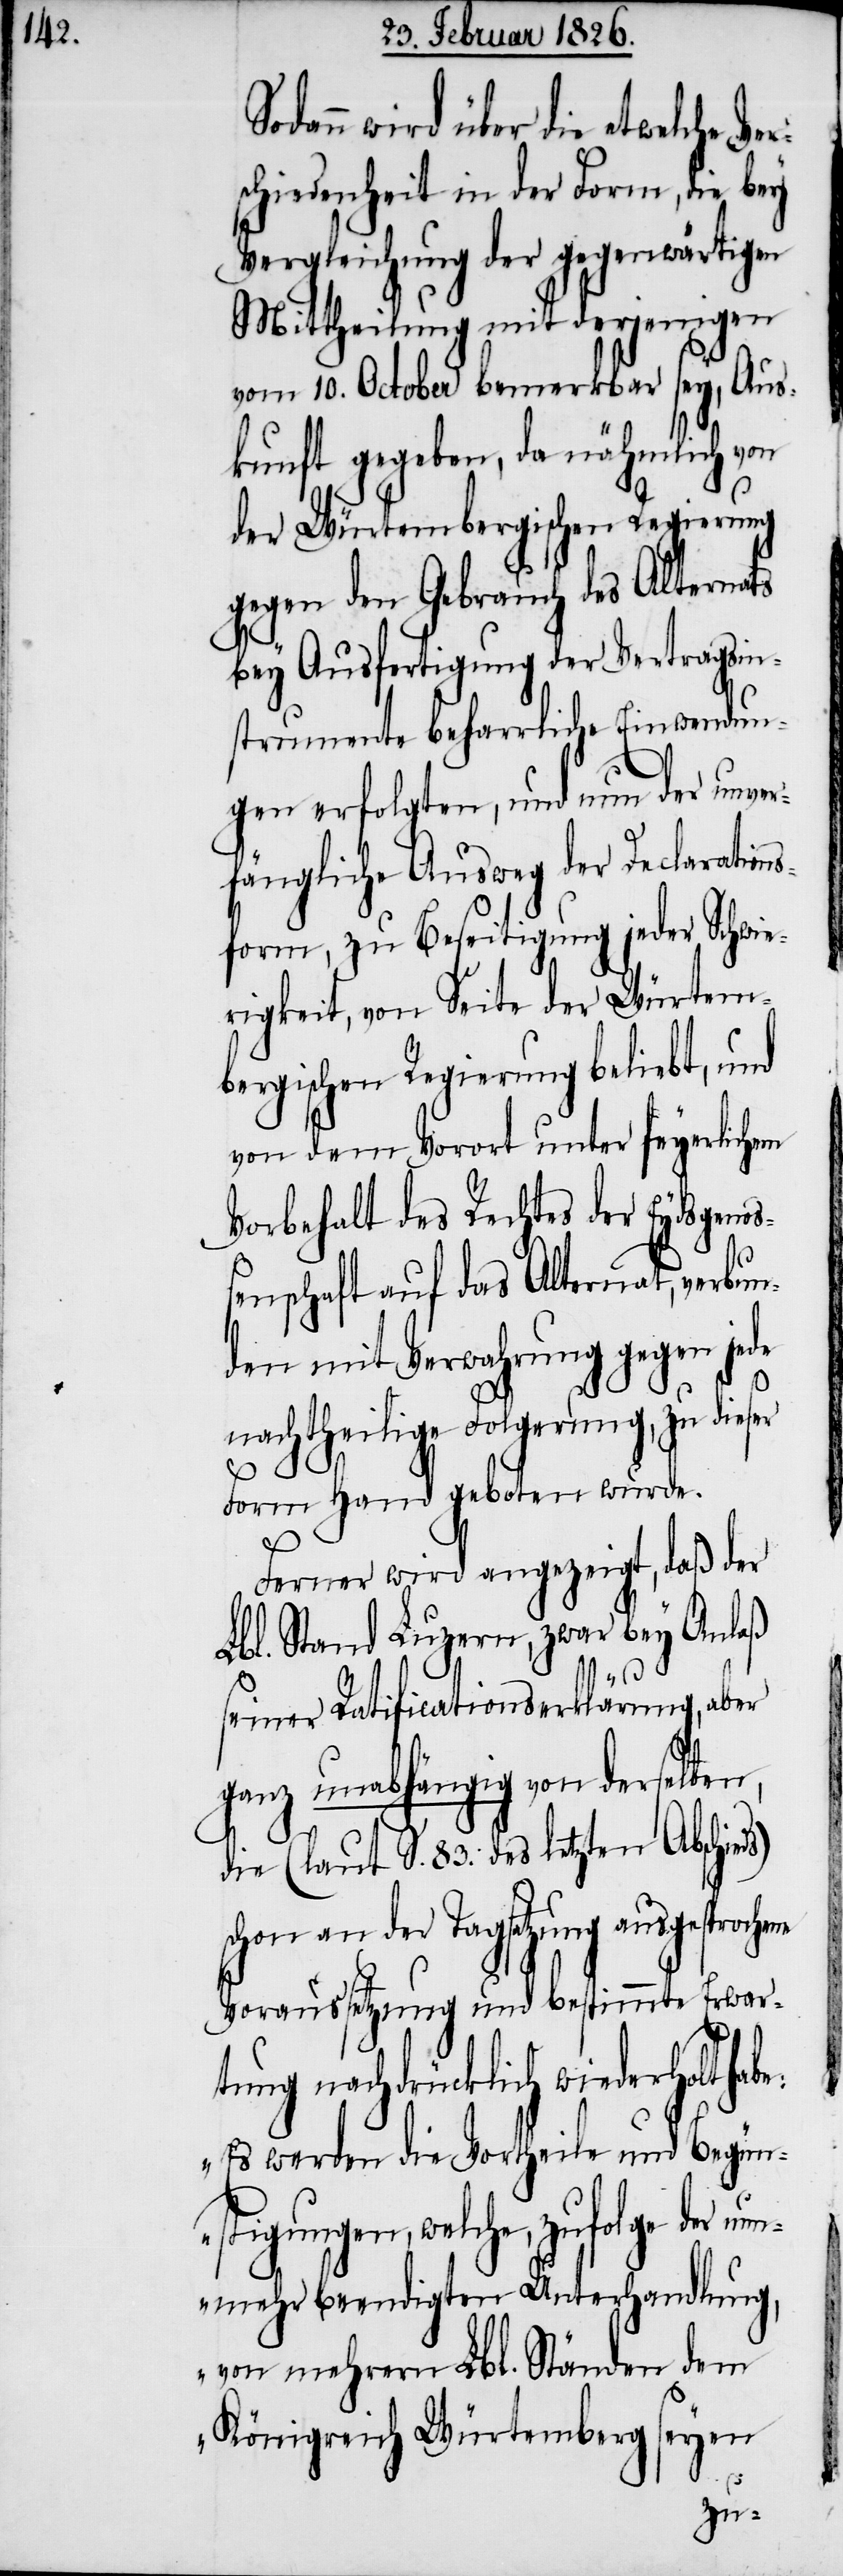
dann wird über die etwelche V¬
schiedenheit in der Form, die bey
Vergleichung der gegenwärtigen
Mittheilung mit derjenigen
vom 10. October bemerkbar sey, Aus¬
kunft gegeben, da nähmlich von
der Würtembergischen Regierung
gegen den Gebrauch des Alternats
bey Ausfertigung der Vertragsin¬
strumente beharrliche Einwendun¬
gen erfolgten, und nun der unver¬
fängliche Ausweg der Declaration¬
sform, zu Beseitigung jeder Schwie¬
rigkeit, von Seite der Würtem¬
bergischen Regierung beliebt, und
von dem Vorort unter feyerlichem
Vorbehalt des Rechtes der Eydsgeno¬
ßenschaft auf das Alternat, verbun¬
den mit Verwahrung gegen jede
nachtheilige Folgerung, zu dieser
Form Hand geboten wurde.
Ferner wird angezeigt, daß der
Lbl. Stand Luzern, zwar bey Anlaß
be:
seiner Ratificationserklärung, aber
ganz unabhängig von derselben,
die (laut S. 83. des letzten Abschie¬
schon an der Tagsatzung
Voraussetzung und bestimmte Erwar¬
tung nachdrücklich wiederholt ha¬
„Es werden die Vortheile und Begün¬
stigungen, welche, zufolge der
nunmehr beendigten Unterhandlung,
von mehrern Lbl. Ständen dem
Königreich Würtemberg seyen
ds)